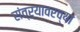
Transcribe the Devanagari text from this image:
संत्र्यावरच्या